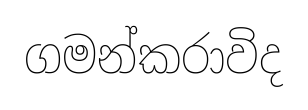
ගමන්කරාවිද